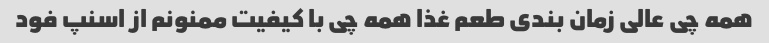
همه چی عالی زمان بندی طعم غذا همه چی با کیفیت ممنونم از اسنپ فود